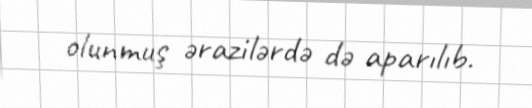
olunmuş ərazilərdə də aparılıb.